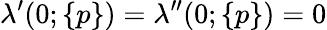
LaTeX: \lambda^{\prime}(0;\{ p\} )=\lambda^{\prime\prime}(0;\{ p\} )=0